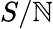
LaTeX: S/\mathbb{N}